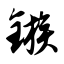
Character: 镞